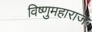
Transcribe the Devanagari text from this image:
विष्णुमहाराज